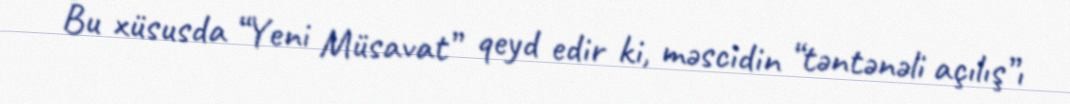
Bu xüsusda “Yeni Müsavat” qeyd edir ki, məscidin “təntənəli açılış”ı